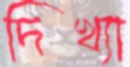
দিখ্যা